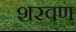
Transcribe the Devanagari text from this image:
शरवण